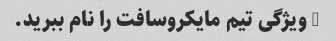
5 ویژگی تیم مایکروسافت را نام ببرید.